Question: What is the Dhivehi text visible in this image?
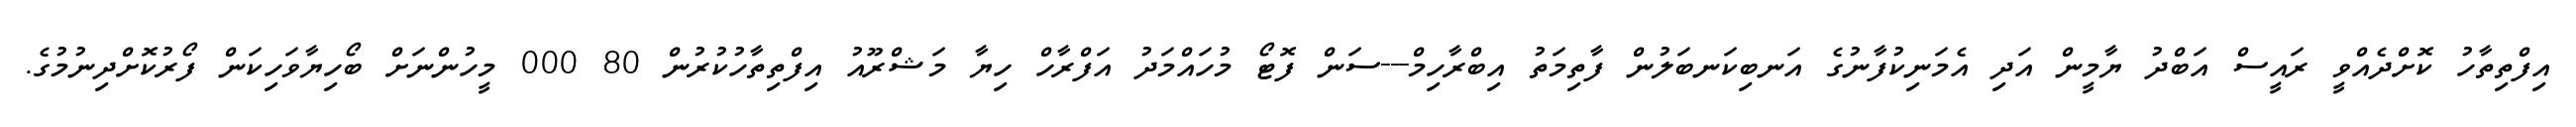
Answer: އިފްތިތާހު ކޮށްދެއްވީ ރައީސް އަބްދު ޔާމީން އަދި އެމަނިކުފާނުގެ އަނބިކަނބަލުން ފާތިމަތު އިބްރާހިމް---ސަން ފޮޓޯ މުހައްމަދު އަފްރާހް ހިޔާ މަޝްރޫއު އިފްތިތާހުކުރުން 80 000 މީހުންނަށް ބޯހިޔާވަހިކަން ފޯރުކޮށްދިނުމުގެ.